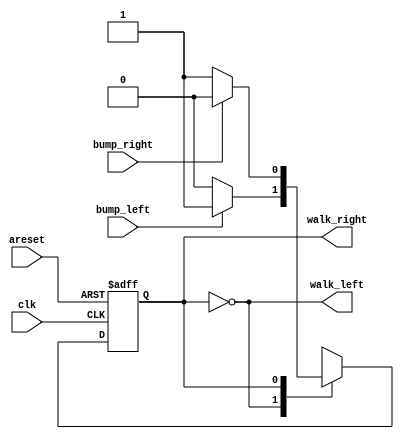
// This program was cloned from: https://github.com/anik-m/hdlbits_for_verilog
// License: GNU General Public License v3.0

module top_module(
    input clk,
    input areset,    // Freshly brainwashed Lemmings walk left.
    input bump_left,
    input bump_right,
    output walk_left,
    output walk_right); //  

    parameter LEFT=0, RIGHT=1;//, ...
    reg state, next_state;

    always @(*) begin
        // State transition logic
        case(state)
            LEFT: next_state<=(bump_left)?RIGHT:LEFT;
            RIGHT: next_state<=(bump_right)?LEFT:RIGHT;
        endcase            
    end

    always @(posedge clk, posedge areset) begin
        // State flip-flops with asynchronous reset
        if(areset)
            state<=LEFT;
        else
            state<=next_state;
    end

    // Output logic
    assign walk_left = (state == LEFT);
    assign walk_right = (state == RIGHT);

endmodule